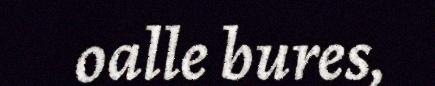
oalle bures,